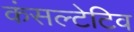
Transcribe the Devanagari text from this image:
कंसल्टेटिव